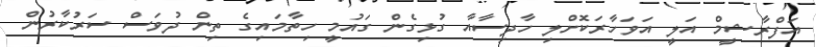
އަފްރާޝީމް އަލީ އަވަހާރަކޮށްލި ހާދިސާއާ ގުޅިގެން ގައުމީ ހިތާމައިގެ ތިން ދުވަސް ސަރުކާރުން